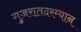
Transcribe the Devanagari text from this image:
गुजरातदरम्यान